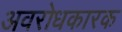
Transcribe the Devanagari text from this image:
अवरोधकारक